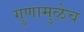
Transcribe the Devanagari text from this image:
गुणामुळेच